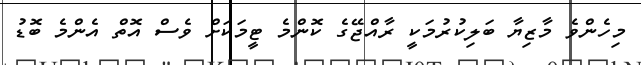
މިހެންވެ މާޒިޔާ ބަލިކުރުމަކީ ރާއްޖޭގެ ކޮންމެ ޓީމަކަށް ވެސް އޮތް އެންމެ ބޮޑު